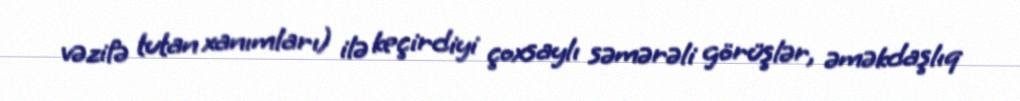
vəzifə tutan xanımları) ilə keçirdiyi çoxsaylı səmərəli görüşlər, əməkdaşlıq